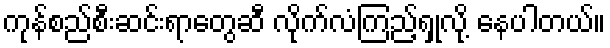
ကုန်စည်စီးဆင်းရာတွေဆီ လိုက်လံကြည့်ရှုလို့ နေပါတယ်။